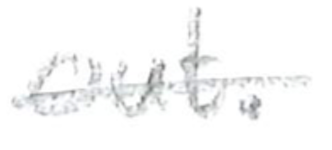
Text: out.
Cross-out: single-line
Writing tool: pencil